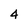
Character: 4